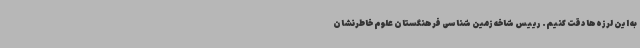
به این لرزه‌ها دقت کنیم. رییس شاخه زمین شناسی فرهنگستان علوم خاطرنشان